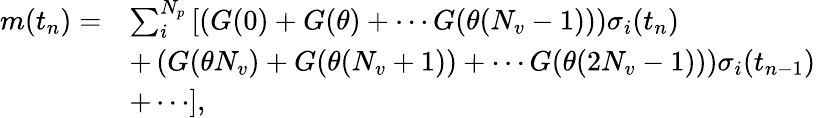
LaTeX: \begin{array}{rl}{m(t_{n})=}&{\sum_{i}^{N_{p}}\left[\left(G(0)+G(\theta)+\cdots G(\theta(N_{v}-1))\right)\sigma_{i}(t_{n})\right.}\\ &{\left.+\left(G(\theta N_{v})+G(\theta(N_{v}+1))+\cdots G(\theta(2N_{v}-1))\right)\sigma_{i}(t_{n-1})\right.}\\ &{\left.+\cdots\right],}\end{array}